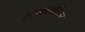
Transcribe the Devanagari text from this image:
स्य्म्बोलोगिस्ट